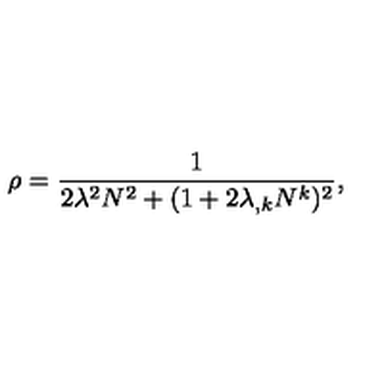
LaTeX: \rho = \frac { 1 } { 2 \lambda ^ { 2 } N ^ { 2 } + ( 1 + 2 \lambda _ { , k } N ^ { k } ) ^ { 2 } } ,